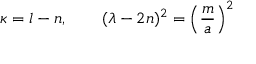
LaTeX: \kappa = l - n , \qquad ( \lambda - 2 n ) ^ { 2 } = \left( { \frac { m } { a } } \right) ^ { 2 }